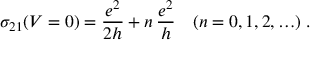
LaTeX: \sigma _ { 2 1 } ( V = 0 ) = \frac { e ^ { 2 } } { 2 h } + n \, \frac { e ^ { 2 } } { h } \quad ( n = 0 , 1 , 2 , \ldots ) \; .